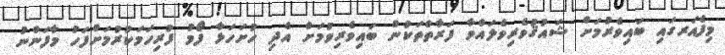
މިފެއަރގައި ބައިވެރުމަށް ޝައުޤުވެރިވެލައްވާ ފަރާތްތަކުން ބައިވެރިވުމަށް އެދި ހުށަހަޅާ ފޯމު ފުރިހަމަކުރުމަށްފަހު މާފަންނު